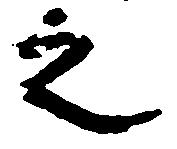
之